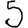
Digit: 5